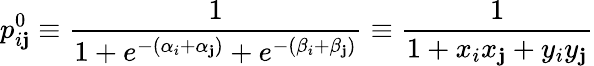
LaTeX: p_{i\mathbf{j}}^{0}\equiv\frac{{1}}{{1+e^{-(\alpha_{i}+\alpha_{\mathbf{j}})}+e^{-(\beta_{i}+\beta_{\mathbf{j}})}}}\equiv\frac{{1}}{{1+x_{i}x_{\mathbf{j}}+y_{i}y_{\mathbf{j}}}}